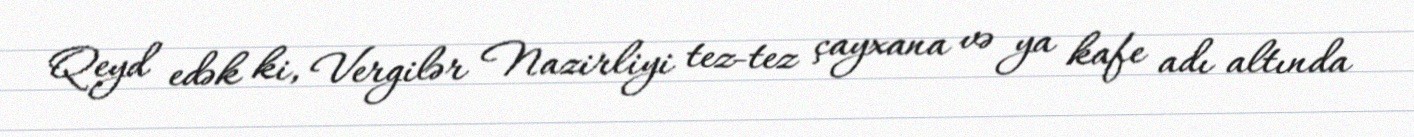
Qeyd edək ki, Vergilər Nazirliyi tez-tez çayxana və ya kafe adı altında